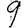
Digit: 9